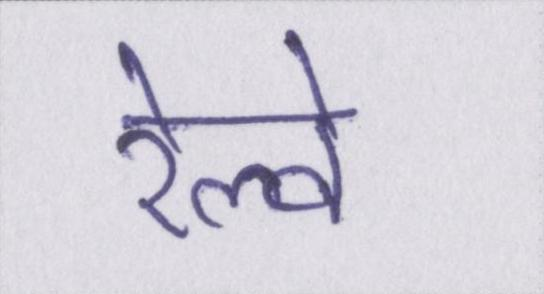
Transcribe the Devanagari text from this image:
रेल्वे